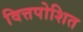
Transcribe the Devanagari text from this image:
वित्तपोशित